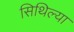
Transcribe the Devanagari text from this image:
सिथिल्या